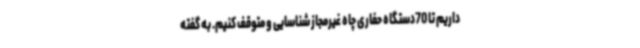
داریم تا 70دستگاه حفاری چاه غیرمجاز شناسایی و متوقف کنیم. به گفته